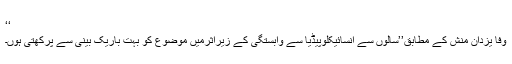
‘‘
وفا یزدان منش کے مطابق’’سالوں سے انسائیکلوپیڈیا سے وابستگی کے زیراثرمیں موضوع کو بہت باریک بینی سے پرکھتی ہوں۔